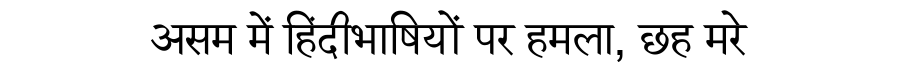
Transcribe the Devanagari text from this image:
असम में हिंदीभाषियों पर हमला, छह मरे